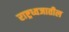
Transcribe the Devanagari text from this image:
राष्ट्रध्वजातील